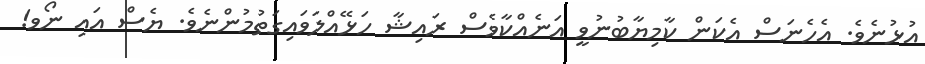
އުޅުނެވެ. އެހެނަސް އެކަން ކާމިޔާބުނުވީ އަނެއްކާވެސް ރައިޝާ ހަޅޭއްލަވައިގަތުމުންނެވެ. ޔެސް އައި ނޯވ!